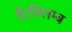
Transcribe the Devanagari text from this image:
है।विलम्ब